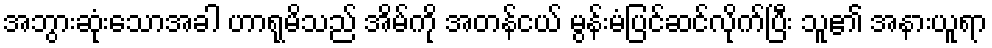
အဘွားဆုံးသောအခါ ဟာရုမိသည် အိမ်ကို အတန်ငယ် မွန်းမံပြင်ဆင်လိုက်ပြီး သူ၏ အနားယူရာ